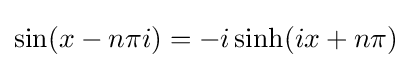
\sin(x-n\pi i)=-i\sinh(ix+n\pi )